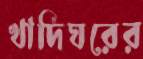
খাদিঘরের